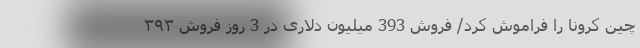
چین کرونا را فراموش کرد/ فروش 393 میلیون دلاری در 3 روز فروش ۳۹۳